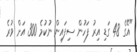
"އޭގެ 48 ގަޑި އިރު ފަހުން ސިފައިން ނުކުމެ 300 އަށް ވުރެ